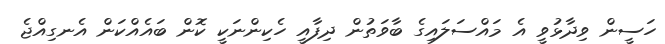
ހަސީން ވިދާޅުވީ އެ މައްސަލައިގެ ބާވަތުން ދިފާއީ ހެކިންނަކީ ކޮން ބައެއްކަން އެނގިއްޖެ